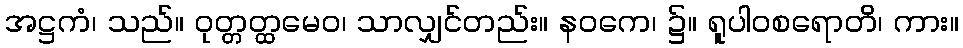
အဋ္ဌကံ၊ သည်။ ဝုတ္တတ္ထမေဝ၊ သာလျှင်တည်း။ နဝကေ၊ ၌။ ရူပါဝစရောတိ၊ ကား။